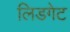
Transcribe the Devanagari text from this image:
लिडगेट